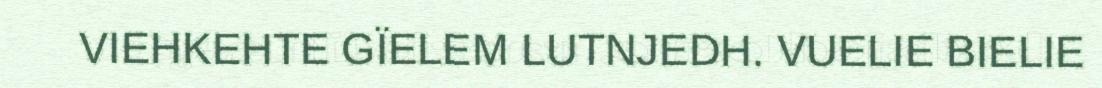
VIEHKEHTE GÏELEM LUTNJEDH. VUELIE BIELIE